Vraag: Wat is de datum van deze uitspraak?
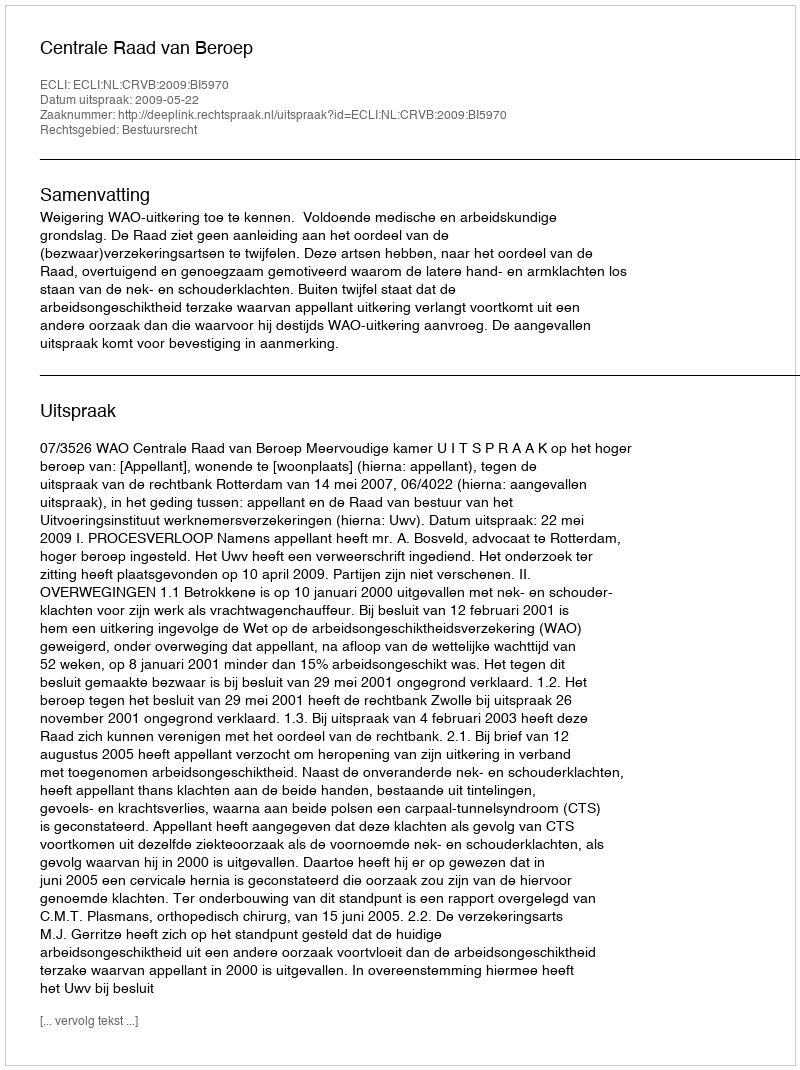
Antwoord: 2009-05-22